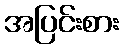
အပြင်းစား